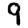
Digit: 9